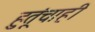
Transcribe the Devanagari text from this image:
हुतूंचाही